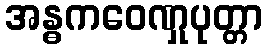
အန္ဓကဝေဏှုပုတ္တာ